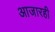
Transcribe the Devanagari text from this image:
आजारही